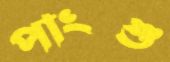
পাংশু